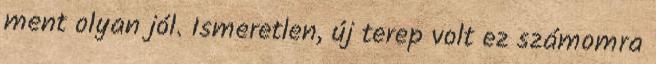
ment olyan jól. Ismeretlen, új terep volt ez számomra